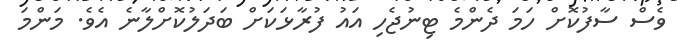
ވެސް ސާފުކޮށް ހަމަ ދެންމެ ޓިނުޖެހި އައު ފުރާޅަކަށް ބަދަލުކޮށްލާނެ އެވެ. މަންމަ